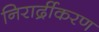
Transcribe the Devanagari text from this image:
निरार्द्रीकरण